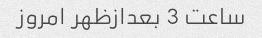
ساعت 3 بعدازظهر امروز